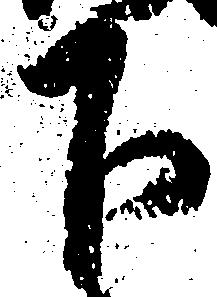
下